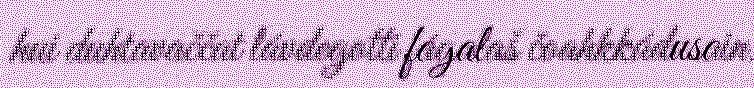
hui duhtavaččat lávdegotti fágalaš čoahkkádusain.